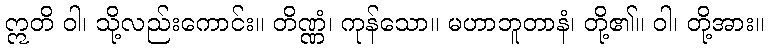
ဣတိ ဝါ၊ သို့လည်းကောင်း။ တိဏ္ဏံ၊ ကုန်သော။ မဟာဘူတာနံ၊ တို့၏။ ဝါ၊ တို့အား။